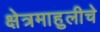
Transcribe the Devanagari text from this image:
क्षेत्रमाहुलीचे